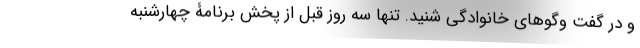
و در گفت و‌گوهای خانوادگی شنید. تنها سه روز قبل از پخش برنامۀ چهارشنبه